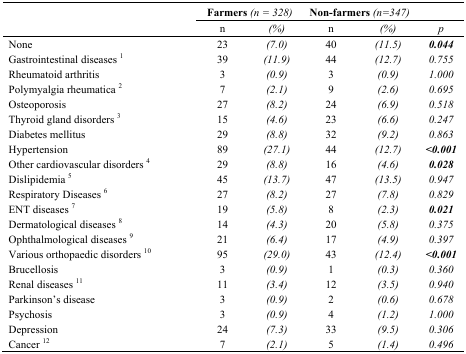
<table><thead><tr><td></td><td colspan="2"><b>Farmers<i>(n = 328)</i></b></td><td colspan="2"><b>Non-farmers<i>(n=347)</i></b></td><td></td></tr><tr><td></td><td><b>n</b></td><td><b><i>(%)</i></b></td><td><b>n</b></td><td><b><i>(%)</i></b></td><td><b><i>p</i></b></td></tr></thead><tbody><tr><td>None</td><td>23</td><td><i>(7.0)</i></td><td>40</td><td><i>(11.5)</i></td><td><b><i>0.044</i></b></td></tr><tr><td>Gastrointestinal diseases <sup>1</sup></td><td>39</td><td><i>(11.9)</i></td><td>44</td><td><i>(12.7)</i></td><td><i>0.755</i></td></tr><tr><td>Rheumatoid arthritis</td><td>3</td><td><i>(0.9)</i></td><td>3</td><td><i>(0.9)</i></td><td><i>1.000</i></td></tr><tr><td>Polymyalgia rheumatica <sup>2</sup></td><td>7</td><td><i>(2.1)</i></td><td>9</td><td><i>(2.6)</i></td><td><i>0.695</i></td></tr><tr><td>Osteoporosis</td><td>27</td><td><i>(8.2)</i></td><td>24</td><td><i>(6.9)</i></td><td><i>0.518</i></td></tr><tr><td>Thyroid gland disorders <sup>3</sup></td><td>15</td><td><i>(4.6)</i></td><td>23</td><td><i>(6.6)</i></td><td><i>0.247</i></td></tr><tr><td>Diabetes mellitus</td><td>29</td><td><i>(8.8)</i></td><td>32</td><td><i>(9.2)</i></td><td><i>0.863</i></td></tr><tr><td>Hypertension</td><td>89</td><td><i>(27.1)</i></td><td>44</td><td><i>(12.7)</i></td><td><b><i>&lt;0.001</i></b></td></tr><tr><td>Other cardiovascular disorders <sup>4</sup></td><td>29</td><td><i>(8.8)</i></td><td>16</td><td><i>(4.6)</i></td><td><b><i>0.028</i></b></td></tr><tr><td>Dislipidemia <sup>5</sup></td><td>45</td><td><i>(13.7)</i></td><td>47</td><td><i>(13.5)</i></td><td><i>0.947</i></td></tr><tr><td>Respiratory Diseases <sup>6</sup></td><td>27</td><td><i>(8.2)</i></td><td>27</td><td><i>(7.8)</i></td><td><i>0.829</i></td></tr><tr><td>ENT diseases <sup>7</sup></td><td>19</td><td><i>(5.8)</i></td><td>8</td><td><i>(2.3)</i></td><td><b><i>0.021</i></b></td></tr><tr><td>Dermatological diseases <sup>8</sup></td><td>14</td><td><i>(4.3)</i></td><td>20</td><td><i>(5.8)</i></td><td><i>0.375</i></td></tr><tr><td>Ophthalmological diseases <sup>9</sup></td><td>21</td><td><i>(6.4)</i></td><td>17</td><td><i>(4.9)</i></td><td><i>0.397</i></td></tr><tr><td>Various orthopaedic disorders <sup>10</sup></td><td>95</td><td><i>(29.0)</i></td><td>43</td><td><i>(12.4)</i></td><td><b><i>&lt;0.001</i></b></td></tr><tr><td>Brucellosis</td><td>3</td><td><i>(0.9)</i></td><td>1</td><td><i>(0.3)</i></td><td><i>0.360</i></td></tr><tr><td>Renal diseases <sup>11</sup></td><td>11</td><td><i>(3.4)</i></td><td>12</td><td><i>(3.5)</i></td><td><i>0.940</i></td></tr><tr><td>Parkinson’s disease</td><td>3</td><td><i>(0.9)</i></td><td>2</td><td><i>(0.6)</i></td><td><i>0.678</i></td></tr><tr><td>Psychosis</td><td>3</td><td><i>(0.9)</i></td><td>4</td><td><i>(1.2)</i></td><td><i>1.000</i></td></tr><tr><td>Depression</td><td>24</td><td><i>(7.3)</i></td><td>33</td><td><i>(9.5)</i></td><td><i>0.306</i></td></tr><tr><td>Cancer <sup>12</sup></td><td>7</td><td><i>(2.1)</i></td><td>5</td><td><i>(1.4)</i></td><td><i>0.496</i></td></tr></tbody></table>